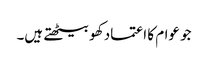
جو عوام کا اعتماد کھو بیٹھتے ہیں۔